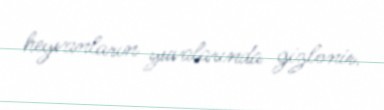
heyvanların yuvalarında gizlənir.